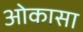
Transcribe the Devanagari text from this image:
ओकासा